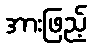
အားဖြည့်